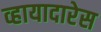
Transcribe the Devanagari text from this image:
व्हायादारेस